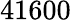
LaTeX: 41600